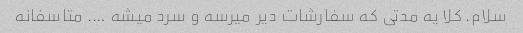
سلام. کلا یه مدتی که سفارشات دیر میرسه و سرد میشه …. متاسفانه